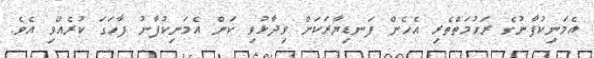
އެމަނިކުފާނުގެ ރަހުމަތްތެރި އެހެން ފަނޑިޔާރަކަށް ވިދާޅުވި ކަން އެމަނިކުފާނު ފާހަގަ ކުރެއްވި އެވެ.